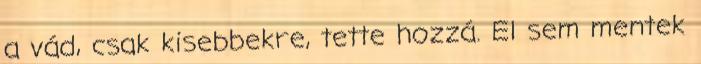
a vád, csak kisebbekre, tette hozzá. El sem mentek